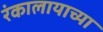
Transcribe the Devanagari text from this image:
रंकालायाच्या